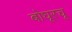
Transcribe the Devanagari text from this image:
बोघूरचू